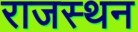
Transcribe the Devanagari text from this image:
राजस्थन